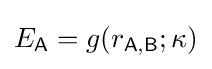
E_{\mathsf {A}}=g(r_{\mathsf {A,B}};\kappa )